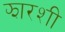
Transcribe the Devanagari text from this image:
झारशी